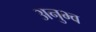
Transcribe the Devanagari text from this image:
अनुभ्व